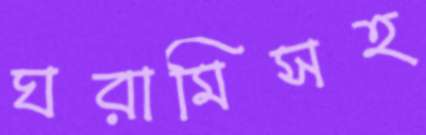
ঘরামিসহ